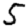
Digit: 5